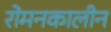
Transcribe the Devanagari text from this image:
रोमनकालीन